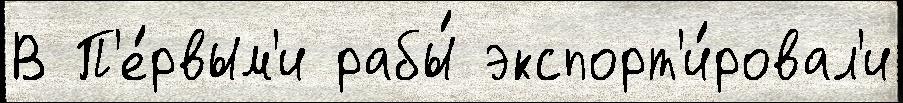
В П'е́рвым'и рабы́ экспорт'и́ровал'и